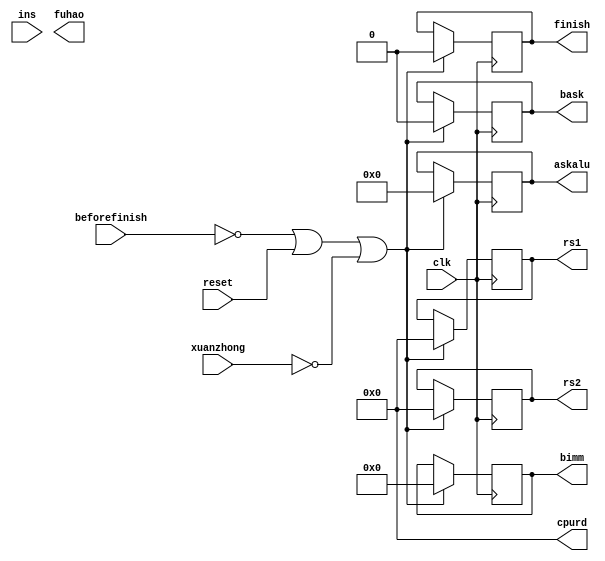
`timescale 1ns / 1ps
//////////////////////////////////////////////////////////////////////////////////
// Company: 
// Engineer: 
// 
// Design Name: 
// Module Name: btypedecoder
// Project Name: 
// Target Devices: 
// Tool Versions: 
// Description: 
// 
// Dependencies: 
// 
// Revision:
// Revision 0.01 - File Created
// Additional Comments:
// 
//////////////////////////////////////////////////////////////////////////////////


module btypedecoder(
    input [31:0]ins,
    input beforefinish,
    input reset,
    input xuanzhong,
    output reg [4:0]cpurd=0,
    output reg [4:0]rs1,
    output reg [11:0]bimm=0,
    output reg finish,
    output reg [4:0]rs2,
    input clk,
    output reg [12:0]askalu,
    output reg bask,
    output reg fuhao
    );
    
    always @ (posedge clk)
    begin
        if(0==beforefinish || 1==reset || 0==xuanzhong)
        begin
            bask<=0;
            finish<=0;
            rs1<=0;
            bimm<=0;
            askalu<=0;
            rs2<=0;
        end
        else
        begin
        
        end
    end
    
endmodule